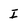
Character: I